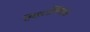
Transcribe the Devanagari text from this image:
विद्यार्थिमंडळ